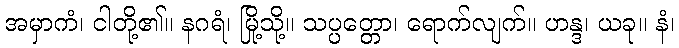
အမှာကံ၊ ငါတို့၏။ နဂရံ၊ မြို့သို့။ သပ္ပတ္တော၊ ရောက်လျက်။ ဟန္ဒ၊ ယခု။ နံ၊